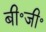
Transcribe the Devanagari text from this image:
बी॰जी॰